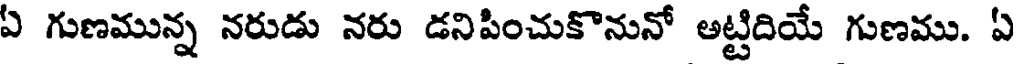
ఏ గుణమున్న నరుడు నరు డనిపించుకొనునో అట్టిదియే గుణము. ఏ